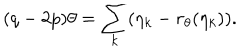
( q - 2 p ) \theta = \sum _ { k } ( \eta _ { k } - r _ { \theta } ( \eta _ { k } ) ) .